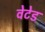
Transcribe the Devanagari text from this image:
वेटेड